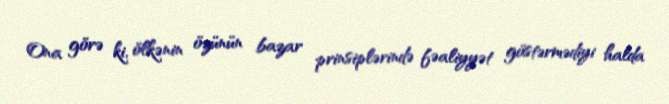
Ona görə ki, ölkənin özünün bazar prinsiplərində fəaliyyət göstərmədiyi halda